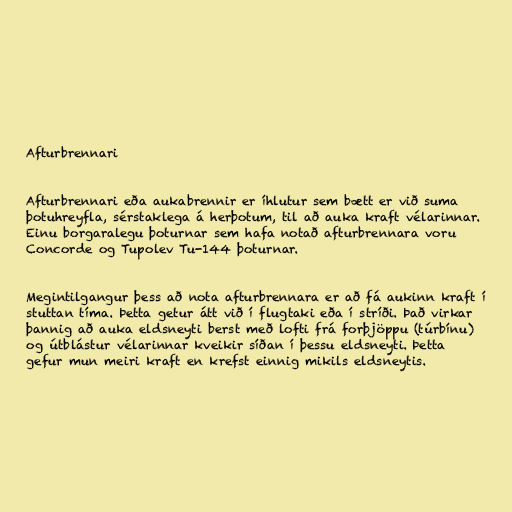
Afturbrennari

Afturbrennari eða aukabrennir er íhlutur sem bætt er við suma
þotuhreyfla, sérstaklega á herþotum, til að auka kraft vélarinnar.
Einu borgaralegu þoturnar sem hafa notað afturbrennara voru
Concorde og Tupolev Tu-144 þoturnar.

Megintilgangur þess að nota afturbrennara er að fá aukinn kraft í
stuttan tíma. Þetta getur átt við í flugtaki eða í stríði. Það virkar
þannig að auka eldsneyti berst með lofti frá forþjöppu (túrbínu)
og útblástur vélarinnar kveikir síðan í þessu eldsneyti. Þetta
gefur mun meiri kraft en krefst einnig mikils eldsneytis.